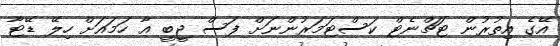
އޭގެ އިތުރުން ޓަޗްނެޓް ކަސްޓަމަރުންނަށް ފަސް ޖީބީ އާ ހަމައަށް ހިލޭ ޑޭޓާ